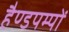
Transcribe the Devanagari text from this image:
हैण्डपम्पों